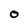
Character: O